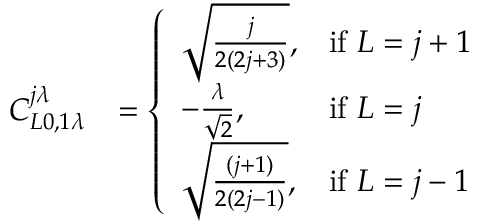
\begin{array} { r l } { C _ { L 0 , 1 \lambda } ^ { j \lambda } } & { = \left\{ \begin{array} { l l } { \sqrt { \frac { j } { 2 ( 2 j + 3 ) } } , } & { \mathrm { i f ~ } L = j + 1 } \\ { - \frac { \lambda } { \sqrt { 2 } } , } & { \mathrm { i f ~ } L = j } \\ { \sqrt { \frac { ( j + 1 ) } { 2 ( 2 j - 1 ) } } , } & { \mathrm { i f ~ } L = j - 1 } \end{array} \right. } \end{array}